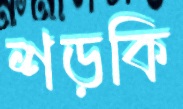
শড়কি